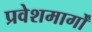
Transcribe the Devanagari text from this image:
प्रवेशमार्गों